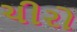
ચીરો